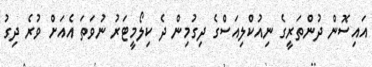
އައިސޮން ދުންތަރީގެ ނިއުކްލިއަސްގެ ދިގުމިން ދެ ކިލޯމީޓަރު ނުވަތަ އެއަށް ވުރެ ދިގު